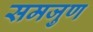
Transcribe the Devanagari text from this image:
समजुण